Lunatic asylums in Bengal annual reports 1888-1898 - 1888-1898
Year: 1888
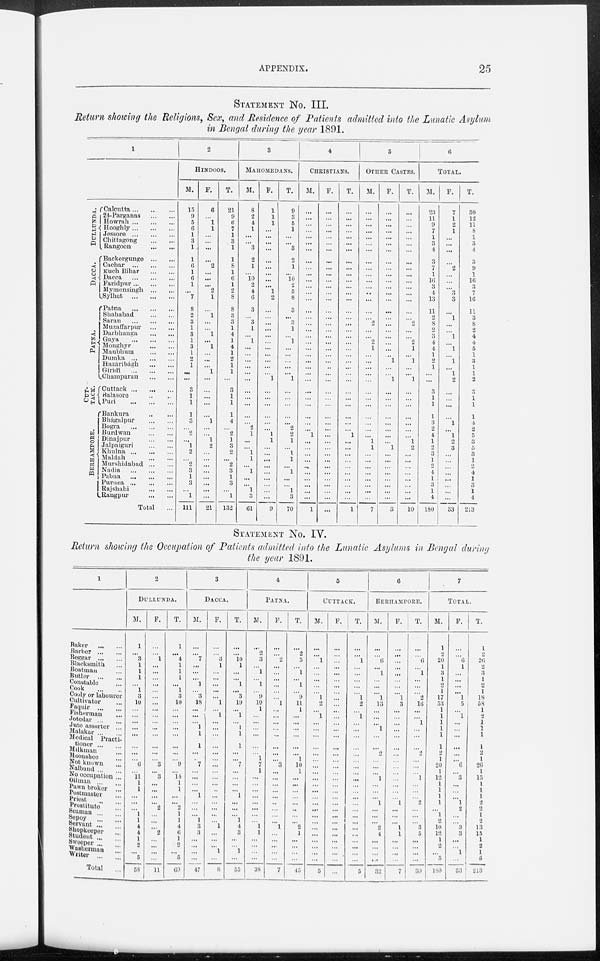
APPENDIX.
25
STATEMENT No. III.
Return showing the Religions, Sex, and Residence of Patients admitted into the Lunatic Asylum
in Bengal during the year 1891.
1
DULLUNDA.
Dacca.
P ATNA.
CUT¬
TACK.
BERHAMPORE.
Calcutta ... ... ...
24-Parganas ... ...
Howrah ... ... ...
Hooghly...
...
...
Jessore
...
...
...
Chittagong ... ...
Rangoon ... ...
Backergunge ... ...
Cachar
...
...
...
Kuch Bihar ... ...
Dacca
...
...
...
Faridpur
...
...
...
Mymensingh
...
...
Sylhet
...
...
...
Patna
...
...
...
Shahabad ... ...
Saran
...
...
...
Muzaffarpur ... ...
Darbhanga ... ...
Gaya
...
...
...
Monghyr
...
...
...
Manbhum
...
...
Dumka
...
...
...
Hazáribágh ... ...
Giridi
...
...
...
Champaran ... ...
Cuttack
...
...
...
Balasore ... ...
Puri
...
...
...
Bankura ... ...
Bhágalpur ... ... ...
Bogra
...
...
...
Burdwan
...
...
...
Dinajpur
...
...
...
Jalpaiguri ... ... ...
Khulna ... ... ...
Maldah
...
...
...
Murshidabad ... ...
Nadia
...
...
...
Pabna
...
...
...
Purnea
...
...
...
Rajshahi
...
...
...
Rangpur
...
...
...
Total ...
2
HINDOOS.
M.
15
9
5
6
1
3
1
1
6
1
6
1
...
7
8
2
3
1
3
1
3
1
2
1
...
...
3
1
1
1
3
...
2
...
1
2
...
2
3
1
3
...
1
111
F.
6
...
1
1
...
...
...
...
2
...
...
...
2
1
... 1
...
...
1
...
1
...
...
... 1
...
...
...
...
...
1
...
...
1
2
...
...
...
...
...
...
...
...
21
T.
21
9
6
7
1
3
1
1
8
1
6
1
2
8
8
3
3
1
4
1
4
1
2
1
1
...
3
1
1
1
4
...
2
1
3
2
...
2
3
1
3
...
1
132
3
MAHOMEDANS.
M.
8
2
4
1
...
...
3
2
1
...
10
2
4
6
3
...
3
1
...
1
...
...
...
...
...
...
...
...
...
...
...
2
1
...
...
1
1
...
1
...
...
1
3
61
F.
1
1
1
...
...
...
...
...
...
...
...
...
1
2
...
...
...
...
...
...
...
...
...
...
...
1
...
...
...
...
...
...
1
1
...
...
...
...
...
...
...
...
...
9
T.
9
3
5
1
...
...
3
2
1
...
10
2
5
8
3
...
3
1
...
1
...
...
...
...
...
1
...
...
...
...
...
2
2
1
...
1
1
...
1
...
...
1
3
70
4
CHRISTIANS.
M.
...
...
...
...
...
...
...
...
...
...
...
...
...
...
...
...
...
...
...
...
...
...
...
...
...
...
...
...
...
...
...
...
1
...
...
...
...
...
...
...
...
...
...
1
F.
...
...
...
...
...
...
...
...
...
...
...
...
...
...
...
...
...
...
...
...
...
...
...
..
...
...
...
...
...
...
...
...
...
...
...
...
...
...
...
...
...
...
...
...
T.
...
...
...
...
...
...
...
...
...
...
...
...
...
...
...
...
...
...
...
...
...
...
...
...
...
...
...
...
...
...
...
...
1
...
...
...
...
...
...
...
...
...
...
1
5
OTHER CASTES.
M.
...
...
...
...
...
...
...
...
...
...
...
...
...
...
...
...
2
...
...
2
1
...
...
...
...
...
...
...
...
...
...
...
...
1
1
...
...
...
...
...
...
...
7
F.
...
...
...
...
...
...
...
...
...
...
...
...
...
...
...
...
...
...
...
...
...
... ...
...
...
1
...
...
...
...
...
...
...
...
1
...
...
...
...
...
...
...
...
3
T.
...
...
...
...
...
...
...
...
...
...
...
...
...
...
...
...
2
...
...
2
1
... ...
...
...
1
...
...
...
...
...
...
...
1
2
...
...
...
...
...
...
...
...
10
6
TOTAL.
M.
23
11
9
7
1
3
4
3
7
1
16
3
4
13
11
2
8
2
3
4
4
1
2
1
...
...
3
1
1
1
3
2
4
1
2
3
1
2
4
1
3
1
4
180
F.
7
1
2
1
...
...
...
...
2
...
...
...
3
3
... 1
...
...
1
...
1
...
...
... 1
2
...
...
...
...
1
...
1
2
3
...
...
...
...
...
...
...
...
33
T.
30
12
11
8
1
3
4
3
9
1
16
3
7
16
11
3
8
2
4
4
5
1
3
1
1
2
3
1
1
1
4
2
5
3
5
3
1
2
4
1
3
1
4
213
STATEMENT No IV.
Return showing the Occupation of Patients admitted into the Lunatic Asylums in Bengal during
the year 1891.
1
Baker ... ... ...
Barber ... ... ...
Beggar ... ... ...
Blacksmith... ...
Boatman... ...
Butler ... ...
Constable ... ... .
Cook ... ...
Cooly or labourer
Cultivator ... ...
Faquir
...
...
Fisherman ... ...
Jotedar ... ...
Jute assorter ... ...
Malakar ...
Medical
Practi-
tioner ... ...
Milkman ... ...
Moonshee ... ...
Not known ... ...
Nalband ... ...
No occupation ..
Oilman ... ...
Pawn broker
...
Postmaster ...
Priest ... ...
Prostitute ... ...
Seaman ... ...
Sepoy
...
...
Servant ... ...
Shopkeeper ... ...
Student ... ...
Sweeper ... ...
Washerman ... ...
Writer ... ...
Total ...
2
DULLUNDA.
M.
1
...
3
1
1
1
...
1
3
10
...
...
...
...
...
...
...
...
6
...
11
1
1
...
...
...
1
1
4
4 1
2
...
5
58
F.
...
...
1
...
...
...
...
...
...
...
...
...
...
...
...
...
...
...
...
...
3
...
...
...
...
2
...
...
...
2
...
...
...
...
11
T.
1
...
4
1
1
1
...
1
3
10
...
...
...
...
...
...
...
...
6
...
14
1
1
...
...
2
1
1
4
6
1
2
...
5
69
3
DACCA.
M.
...
...
7
...
...
...
1
...
3
18
...
...
...
1
1
1
...
...
7
...
...
...
...
1
...
...
...
1
3
3
...
...
...
...
47
F.
...
...
3
1
...
...
...
...
...
1
...
1
...
...
...
...
...
...
...
...
...
...
...
...
...
...
...
1
...
...
...
1
...
8
T.
...
...
10
1
...
...
1
...
3
19
...
1
...
1
1
1
...
...
7
...
...
...
...
1
...
...
...
1
4
3
...
...
1
...
55
4
PATNA.
M.
...
2
3
...
1
...
1
...
9
10
1
...
...
...
...
...
...
1
7
1
...
...
...
...
...
...
...
...
1
1
...
...
...
...
38
F.
...
...
2
...
...
...
...
...
...
1
...
...
...
...
...
...
...
...
3
...
...
...
...
...
...
...
...
...
1
...
...
...
...
...
7
T.
...
2
5
...
1
...
1
...
9
11
1
...
...
...
...
...
...
1
10
1
...
...
...
...
...
...
...
...
2
1
...
...
...
...
45
5
CUTTACK.
M.
...
...
1
...
...
...
...
...
1
2
...
1
...
...
...
...
...
...
...
...
...
...
...
...
...
...
...
...
...
...
...
...
...
...
5
F.
...
...
...
...
...
...
...
...
...
...
...
...
...
...
...
...
...
...
...
...
...
...
...
...
...
...
...
...
...
...
...
...
...
...
...
T.
...
...
1
...
...
...
...
...
1
2
...
1
...
...
...
...
...
...
...
...
...
...
...
...
...
...
...
...
...
...
...
...
...
...
5
6
BERHAMPORE.
M.
...
...
6
...
1
...
...
...
1
13
...
...
...
1
...
...
...
...
...
...
1
...
...
...
1
...
...
...
2
4
...
...
...
...
32
F.
...
...
...
...
...
...
...
...
1
3
...
...
...
...
...
...
...
...
...
...
...
...
...
...
1
...
...
...
1
1
...
...
...
...
7
T.
...
...
6
...
1
...
...
...
2
16
...
...
1
...
...
...
...
...
...
...
1
...
...
...
2
...
...
...
3
5
...
...
...
...
39
7
TOTAL.
M.
1
2
20
1
3
1
2
1
17
53
1
1
1
1
1
1
2
1
20
1
12
1
1
1
1
...
1
2
10
12
1
2
...
5
180
F.
...
...
6
1
...
...
...
...
1
5
...
1
...
...
...
...
...
...
6
...
3
...
...
...
1
2
...
...
3
3
...
...
1
...
33
T.
1
2
26
2
3
1
2
1
18
58
1
2
1
1
1
1
2
1
26
1
15
1
1
1
2
2
1
2
13
15
1
2
1
5
213